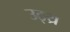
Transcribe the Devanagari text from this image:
उठ्य्र